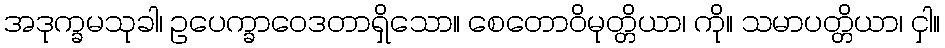
အဒုက္ခမသုခါ၊ ဥပေက္ခာဝေဒတာရှိသော။ စေတောဝိမုတ္တိယာ၊ ကို။ သမာပတ္တိယာ၊ ငှါ။